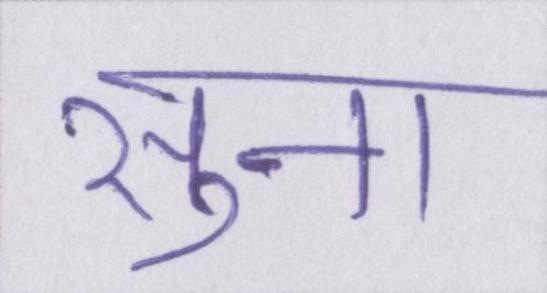
सुना